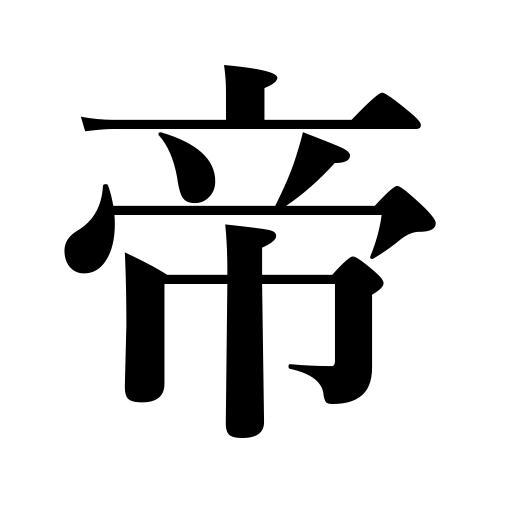
Meanings: the god of heaven,emperor,the creator